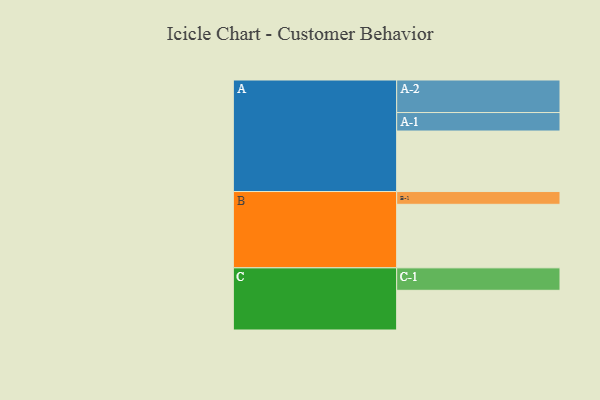
{"axis": {"x": "Segment", "y": "Value"}, "legend": ["", "A", "B", "C"], "data": [{"x": "A", "y": 474, "type": ""}, {"x": "B", "y": 498, "type": ""}, {"x": "C", "y": 311, "type": ""}, {"x": "A-1", "y": 145, "type": "A"}, {"x": "A-2", "y": 255, "type": "A"}, {"x": "B-1", "y": 100, "type": "B"}, {"x": "C-1", "y": 176, "type": "C"}]}